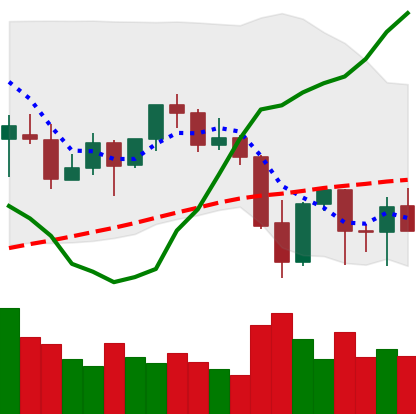
Ticker: ETH-USD
Chart end date: 2021-09-27
Forward return: 15.594%
Label: up_7plus